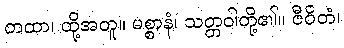
တထာ၊ ထို့အတူ။ မစ္စာနံ၊ သတ္တဝါတို့၏။ ဇီဝိတံ၊